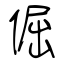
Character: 倔